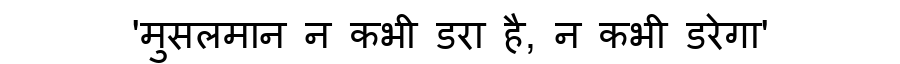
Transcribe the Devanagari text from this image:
'मुसलमान न कभी डरा है, न कभी डरेगा'